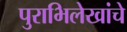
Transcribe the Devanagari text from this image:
पुराभिलेखांचे